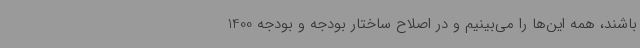
باشند، همه این‌ها را می‌بینیم و در اصلاح ساختار بودجه و بودجه 1400